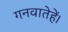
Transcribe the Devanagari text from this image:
गनवातेहें।